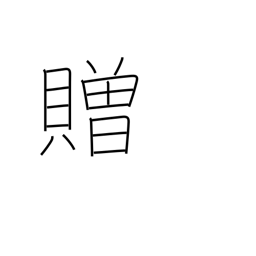
Meaning: confer on